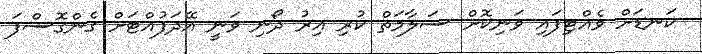
ކަނޑަށް ވެއްޓިފައި ވަނިކޮށް ސަލާމަތް ކުރި އިރު ދޯނި ވަނީ އޭދަފުއްޓަށް ގެންގޮސްފަ